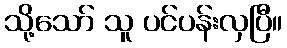
သို့သော် သူ ပင်ပန်းလှပြီ။